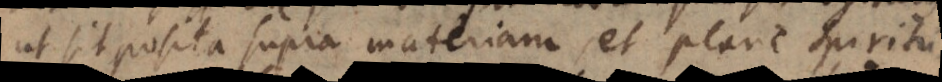
ut sit posita supra materiam, et plane spiritu